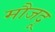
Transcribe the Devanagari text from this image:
मौजदू